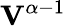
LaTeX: \mathbf{V}^{\alpha-1}